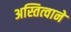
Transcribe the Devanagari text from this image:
अस्तित्‍वाने